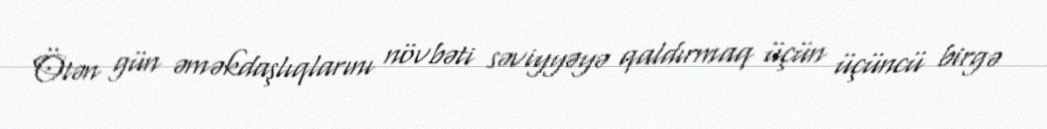
Ötən gün əməkdaşlıqlarını növbəti səviyyəyə qaldırmaq üçün üçüncü birgə